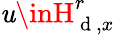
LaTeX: \mathit{u}\inH_{\mathrm{{~d~}},x}^{r}